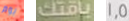
يوم باقتك 1.5